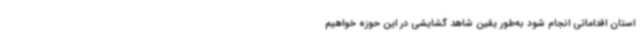
استان اقداماتی انجام شود به‌طور یقین شاهد گشایشی در این حوزه خواهیم